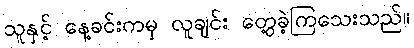
သူနှင့် နေ့ခင်းကမှ လူချင်း တွေ့ခဲ့ကြသေးသည်။